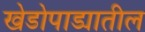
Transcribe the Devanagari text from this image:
खेडोपाड्यातील